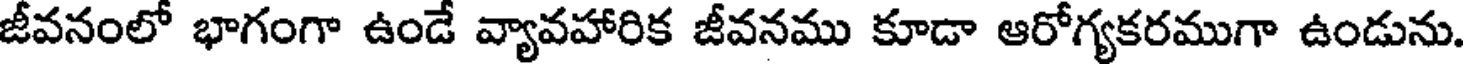
జీవనంలో భాగంగా ఉండే వ్యావహారిక జీవనము కూడా ఆరోగ్యకరముగా ఉండును.